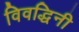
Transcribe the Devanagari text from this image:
विवद्धिनी